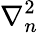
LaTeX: \nabla_{n}^{2}